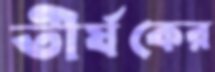
তীর্যকের